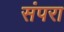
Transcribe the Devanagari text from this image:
संपरा